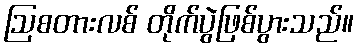
ဩစတားလစ် တိုက်ပွဲဖြစ်ပွားသည်။